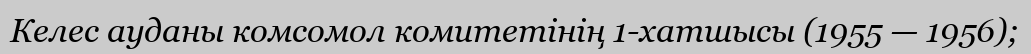
Келес ауданы комсомол комитетінің 1-хатшысы (1955 — 1956);